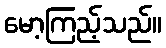
မော့ကြည့်သည်။